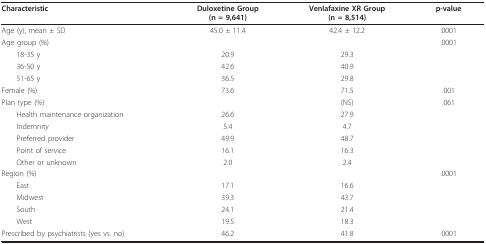
<table><thead><tr><td><b>Characteristic</b></td><td><b>Duloxetine Group(n = 9,641)</b></td><td><b>Venlafaxine XR Group(n = 8,514)</b></td><td><b>p-value</b></td></tr></thead><tbody><tr><td>Age (y), mean ± SD</td><td>45.0 ± 11.4</td><td>42.4 ± 12.2</td><td>.0001</td></tr><tr><td>Age group (%)</td><td></td><td></td><td>.0001</td></tr><tr><td> 18-35 y</td><td>20.9</td><td>29.3</td><td></td></tr><tr><td> 36-50 y</td><td>42.6</td><td>40.9</td><td></td></tr><tr><td> 51-65 y</td><td>36.5</td><td>29.8</td><td></td></tr><tr><td>Female (%)</td><td>73.6</td><td>71.5</td><td>.001</td></tr><tr><td>Plan type (%)</td><td></td><td>(NS)</td><td>.061</td></tr><tr><td> Health maintenance organization</td><td>26.6</td><td>27.9</td><td></td></tr><tr><td> Indemnity</td><td>5.4</td><td>4.7</td><td></td></tr><tr><td> Preferred provider</td><td>49.9</td><td>48.7</td><td></td></tr><tr><td> Point of service</td><td>16.1</td><td>16.3</td><td></td></tr><tr><td> Other or unknown</td><td>2.0</td><td>2.4</td><td></td></tr><tr><td>Region (%)</td><td></td><td></td><td>.0001</td></tr><tr><td> East</td><td>17.1</td><td>16.6</td><td></td></tr><tr><td> Midwest</td><td>39.3</td><td>43.7</td><td></td></tr><tr><td> South</td><td>24.1</td><td>21.4</td><td></td></tr><tr><td> West</td><td>19.5</td><td>18.3</td><td></td></tr><tr><td>Prescribed by psychiatrists (yes vs. no)</td><td>46.2</td><td>41.8</td><td>.0001</td></tr></tbody></table>